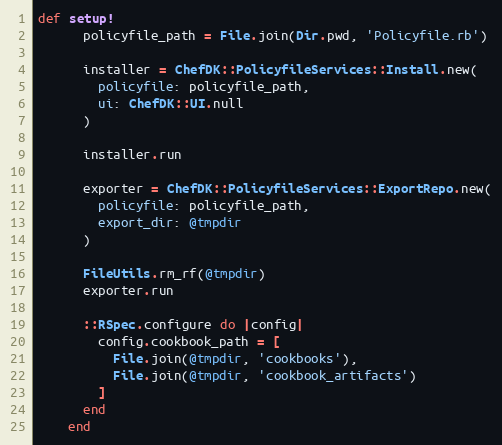
Language: Ruby
def setup!
      policyfile_path = File.join(Dir.pwd, 'Policyfile.rb')

      installer = ChefDK::PolicyfileServices::Install.new(
        policyfile: policyfile_path,
        ui: ChefDK::UI.null
      )

      installer.run

      exporter = ChefDK::PolicyfileServices::ExportRepo.new(
        policyfile: policyfile_path,
        export_dir: @tmpdir
      )

      FileUtils.rm_rf(@tmpdir)
      exporter.run

      ::RSpec.configure do |config|
        config.cookbook_path = [
          File.join(@tmpdir, 'cookbooks'),
          File.join(@tmpdir, 'cookbook_artifacts')
        ]
      end
    end